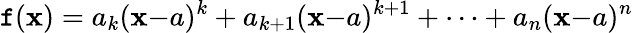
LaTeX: \mathtt{f}(\mathbf{x})=a_{k}(\mathbf{x}{-}a)^{k}+a_{k+1}(\mathbf{x}{-}a)^{k+1}+\cdots+a_{n}(\mathbf{x}{-}a)^{n}